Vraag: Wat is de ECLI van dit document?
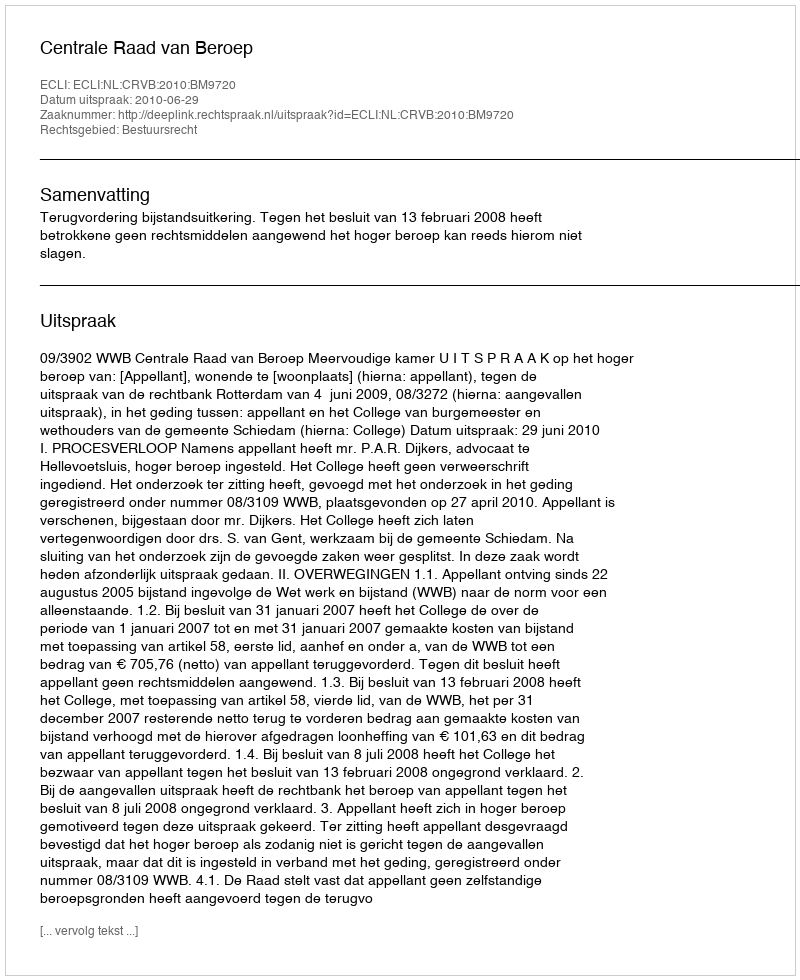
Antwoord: ECLI:NL:CRVB:2010:BM9720